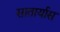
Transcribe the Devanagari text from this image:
सातार्यास